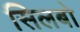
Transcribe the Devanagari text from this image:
सिलबो